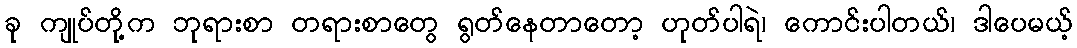
ခု ကျုပ်တို့က ဘုရားစာ တရားစာတွေ ရွတ်နေတာတော့ ဟုတ်ပါရဲ၊ ကောင်းပါတယ်၊ ဒါပေမယ့်